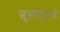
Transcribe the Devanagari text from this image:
शुकतुण्ड